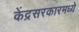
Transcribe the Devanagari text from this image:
केंद्रसरकारमध्ये